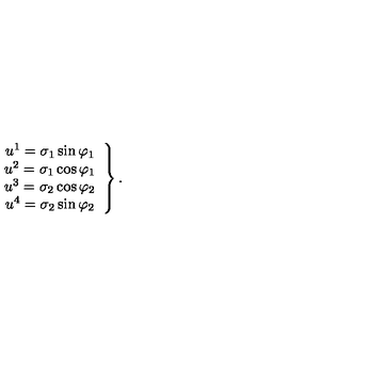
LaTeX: \left. \begin{array} { c } { u ^ { 1 } = \sigma _ { 1 } \sin \varphi _ { 1 } } \\ { u ^ { 2 } = \sigma _ { 1 } \cos \varphi _ { 1 } } \\ { u ^ { 3 } = \sigma _ { 2 } \cos \varphi _ { 2 } } \\ { u ^ { 4 } = \sigma _ { 2 } \sin \varphi _ { 2 } } \\ \end{array} \right\} .